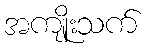
အကျိုးသက်